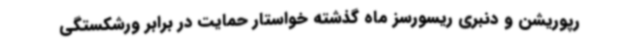
رپوریشن و دنبری ریسورسز ماه گذشته خواستار حمایت در برابر ورشکستگی